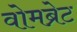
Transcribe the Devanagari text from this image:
वोमब्रेट